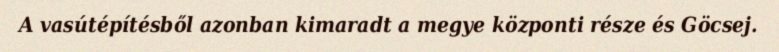
A vasútépítésből azonban kimaradt a megye központi része és Göcsej.